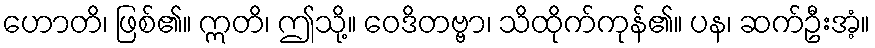
ဟောတိ၊ ဖြစ်၏။ ဣတိ၊ ဤသို့။ ဝေဒိတဗ္ဗာ၊ သိထိုက်ကုန်၏။ ပန၊ ဆက်ဦးအံ့။